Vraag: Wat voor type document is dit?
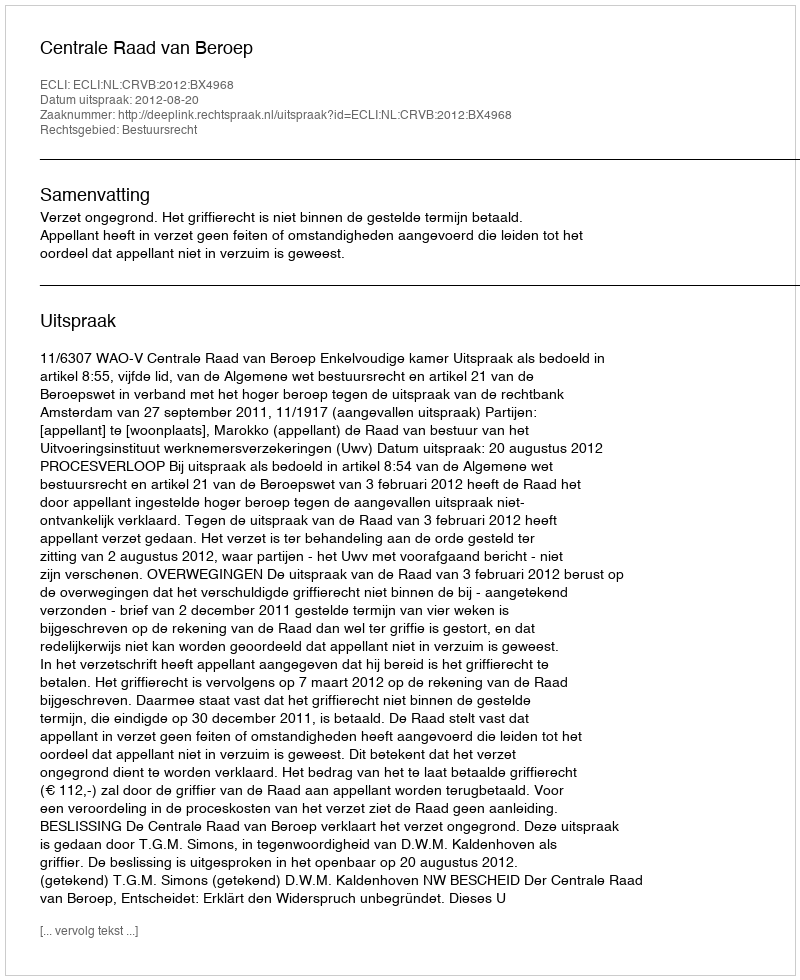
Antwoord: Uitspraak